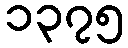
၁၃၇၅